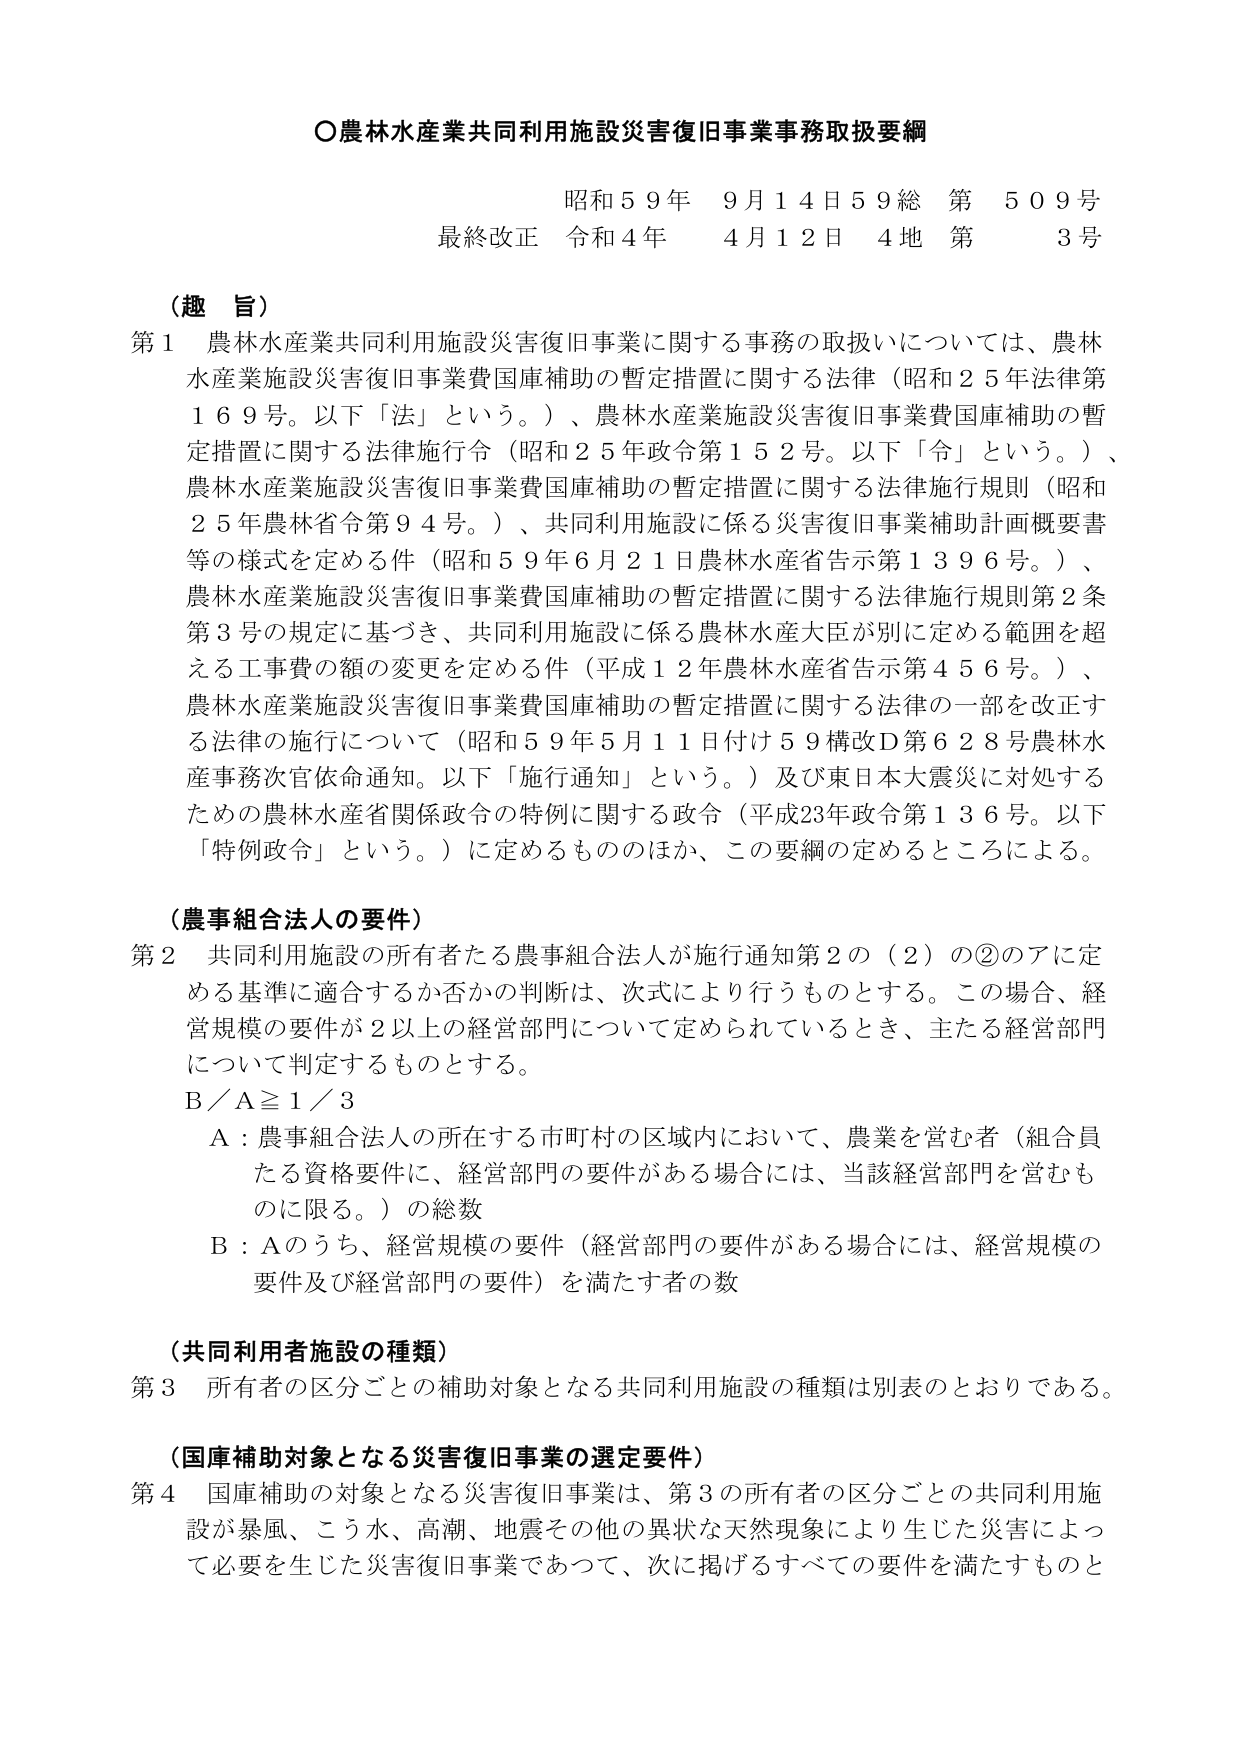
○農林水産業共同利用施設災害復旧事業事務取扱要綱

昭和５９年　９月１４日５９総　第　５０９号
最終改正　令和４年　４月１２日　４地　第　３号

（趣　旨）
第１　農林水産業共同利用施設災害復旧事業に関する事務の取扱いについては、農林水産業施設災害復旧事業費国庫補助の暫定措置に関する法律（昭和２５年法律第１６９号。以下「法」という。）、農林水産業施設災害復旧事業費国庫補助の暫定措置に関する法律施行令（昭和２５年政令第１５２号。以下「令」という。）、農林水産業施設災害復旧事業費国庫補助の暫定措置に関する法律施行規則（昭和２５年農林省令第９４号。）、共同利用施設に係る災害復旧事業補助計画概要書等の様式を定める件（昭和５９年６月２１日農林水産省告示第１３９６号。）、農林水産業施設災害復旧事業費国庫補助の暫定措置に関する法律施行規則第２条第３号の規定に基づき、共同利用施設に係る農林水産大臣が別に定める範囲を超える工事費の額の変更を定める件（平成１２年農林水産省告示第４５６号。）、農林水産業施設災害復旧事業費国庫補助の暫定措置に関する法律の一部を改正する法律の施行について（昭和５９年５月１１日付け５９構政Ｄ第６２８号農林水産事務次官依命通知。以下「施行通知」という。）及び東日本大震災に対処するための農林水産省関係政令の特例に関する政令（平成23年政令第１３６号。以下「特例政令」という。）に定めるもののほか、この要綱の定めるところによる。

（農事組合法人の要件）
第２　共同利用施設の所有者たる農事組合法人が施行通知第２の（２）の②のアに定める基準に適合するか否かの判断は、次式により行うものとする。この場合、経営規模の要件が２以上の経営部門について定められているとき、主たる経営部門について判定するものとする。
Ｂ／Ａ≧１／３
　Ａ：農事組合法人の所在する市町村の区域内において、農業を営む者（組合員たる資格要件に、経営部門の要件がある場合には、当該経営部門を営むものに限る。）の総数
　Ｂ：Ａのうち、経営規模の要件（経営部門の要件がある場合には、経営規模の要件及び経営部門の要件）を満たす者の数

（共同利用者施設の種類）
第３　所有者の区分ごとの補助対象となる共同利用施設の種類は別表のとおりである。

（国庫補助対象となる災害復旧事業の選定要件）
第４　国庫補助の対象となる災害復旧事業は、第３の所有者の区分ごとの共同利用施設が暴風、こう水、高潮、地震その他の異状な天然現象により生じた災害によって必要を生じた災害復旧事業であって、次に掲げるすべての要件を満たすものと